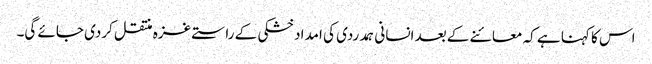
اس کا کہنا ہے کہ معائنے کے بعد انسانی ہمدردی کی امداد خشکی کے راستے غزہ منتقل کردی جائے گی۔